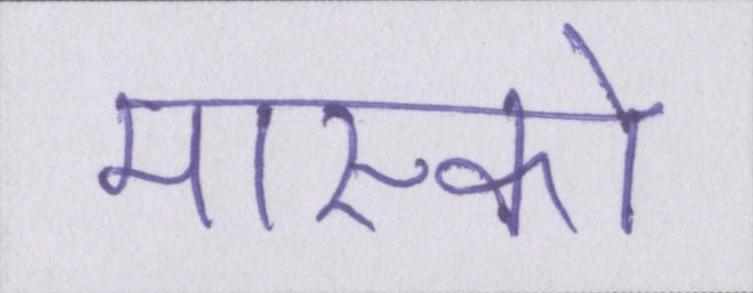
मास्को